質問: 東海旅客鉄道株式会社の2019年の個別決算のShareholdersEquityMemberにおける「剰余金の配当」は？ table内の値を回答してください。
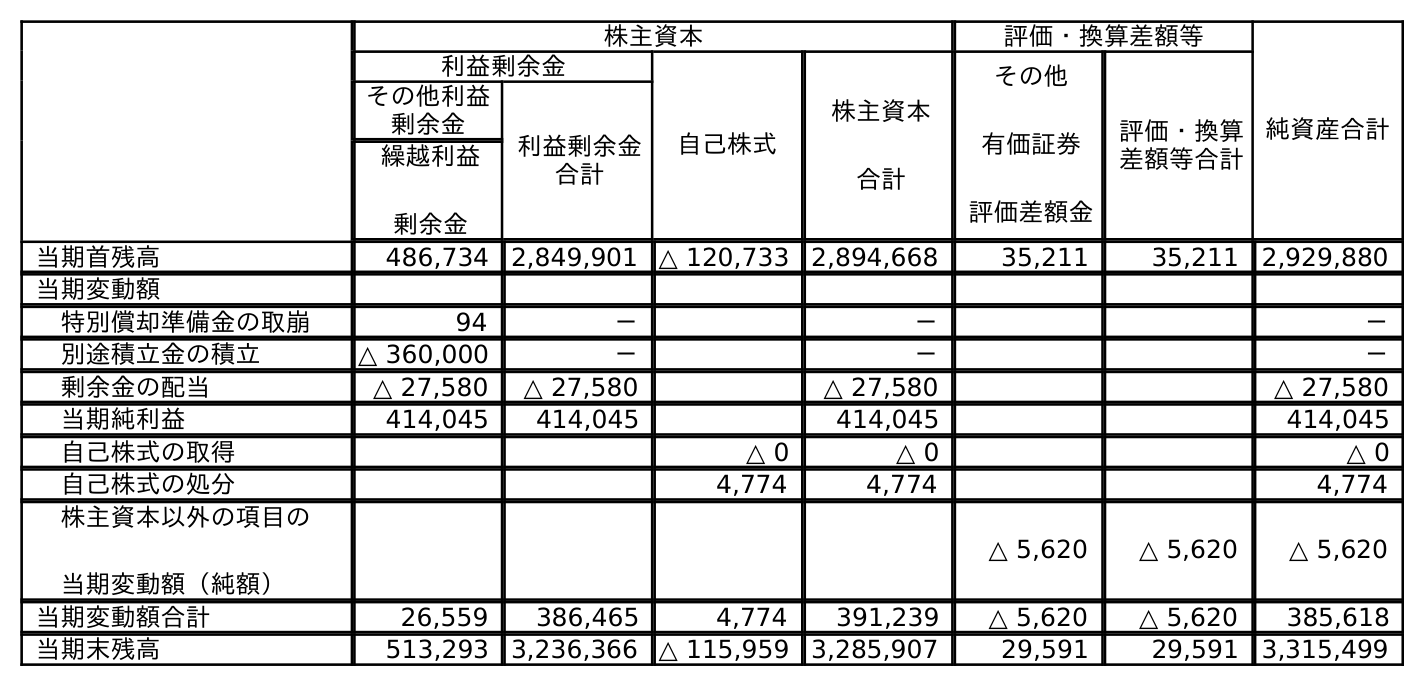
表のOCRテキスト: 株主資本 評価・換算差額等 純資産合計 利益剰余金 自己株式 株主資本 合計 その他 有価証券 評価差額金 評価・換算 差額等合計 その他利益 剰余金 利益剰余金 合計 繰越利益 剰余金 当期首残高 486,734 2,849,901 △ 120,733 2,894,668 35,211 35,211 2,929,880 当期変動額 特別償却準備金の取崩 94 － － － 別途積立金の積立 △ 360,000 － － － 剰余金の配当 △ 27,580 △ 27,580 △ 27,580 △ 27,580 当期純利益 414,045 414,045 414,045 414,045 自己株式の取得 △ 0 △ 0 △ 0 自己株式の処分 4,774 4,774 4,774 株主資本以外の項目の 当期変動額（純額） △ 5,620 △ 5,620 △ 5,620 当期変動額合計 26,559 386,465 4,774 391,239 △ 5,620 △ 5,620 385,618 当期末残高 513,293 3,236,366 △ 115,959 3,285,907 29,591 29,591 3,315,499
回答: △27,580